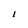
Character: I